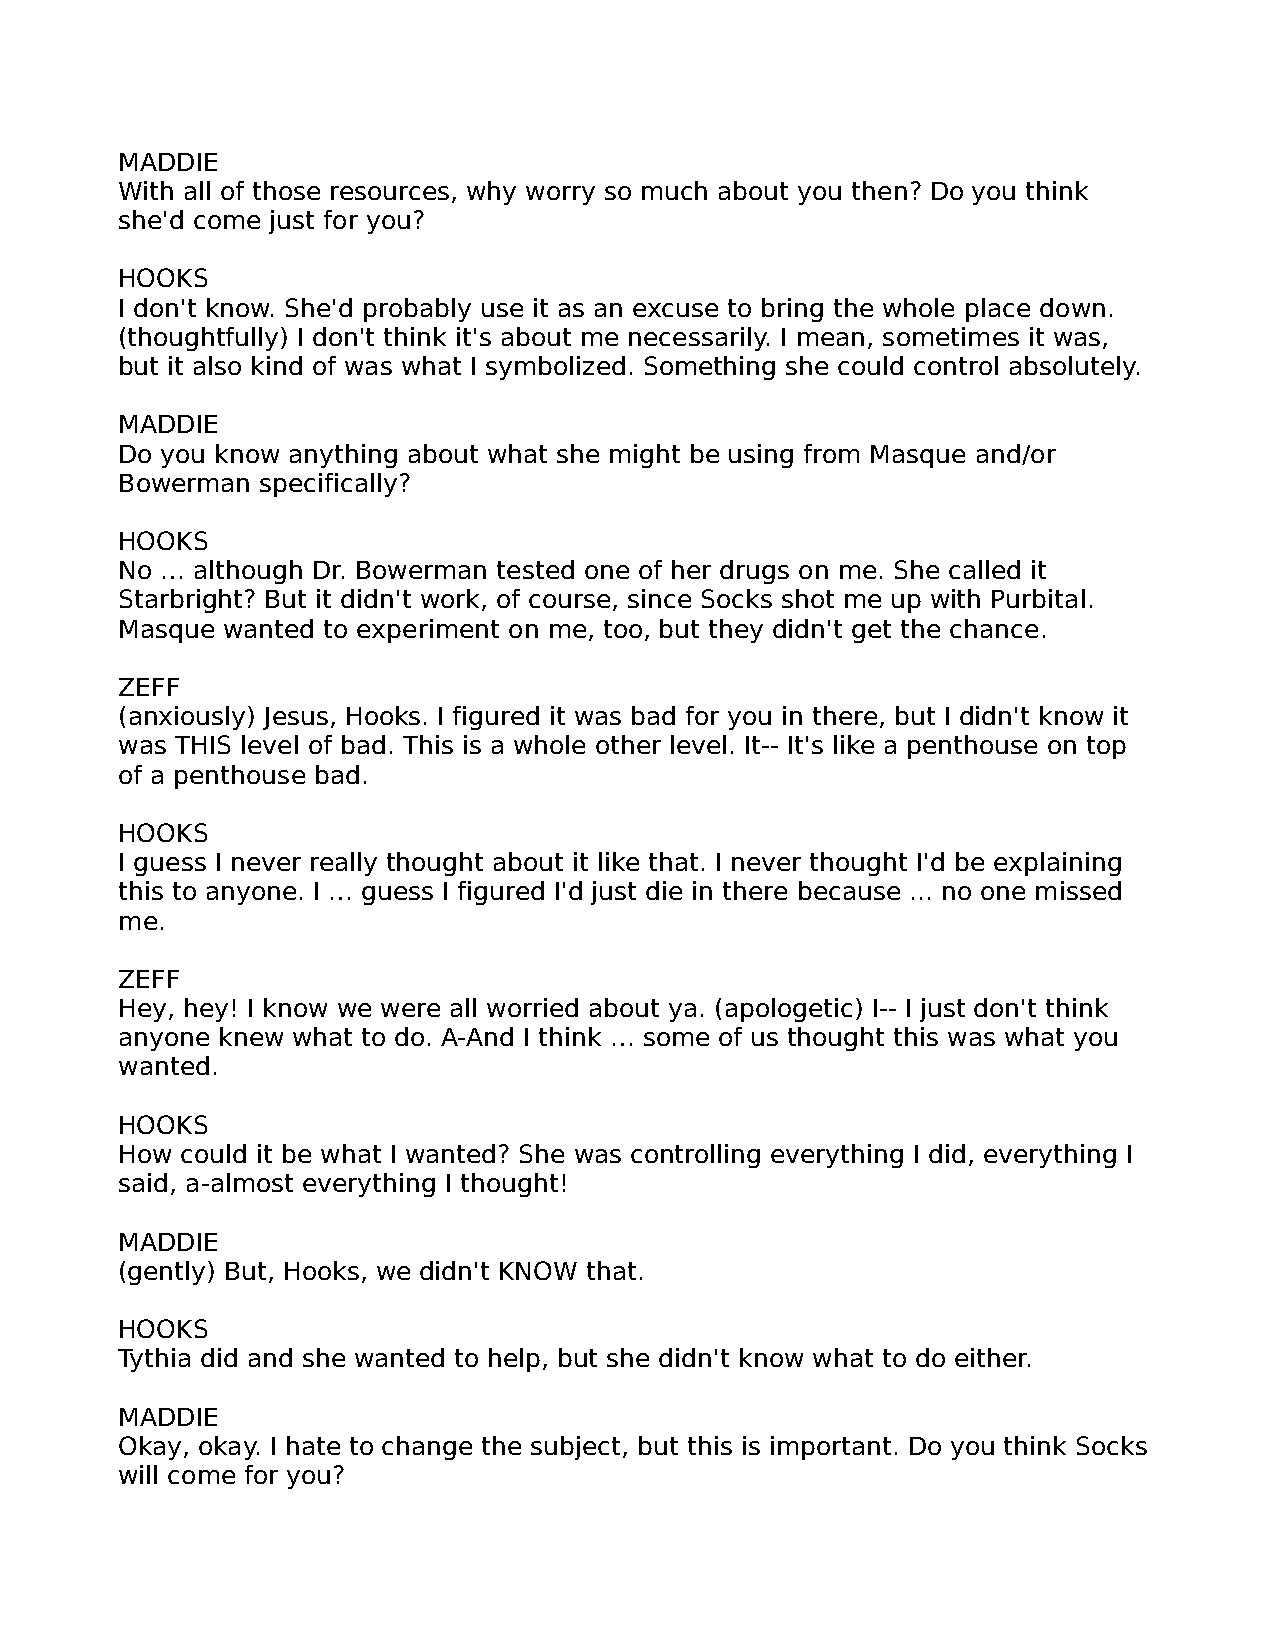
MADDIE
 With all of those resources, why worry so much about you then? Do you think
 she'd come just for you?
 HOOKS
 I don't know. She'd probably use it as an excuse to bring the whole place down.
 (thoughtfully) I don't think it's about me necessarily. I mean, sometimes it was,
 but it also kind of was what I symbolized. Something she could control absolutely.
 MADDIE
 Do you know anything about what she might be using from Masque and/or
 Bowerman specifically?
 HOOKS
 No … although Dr. Bowerman tested one of her drugs on me. She called it
 Starbright? But it didn't work, of course, since Socks shot me up with Purbital.
 Masque wanted to experiment on me, too, but they didn't get the chance.
 ZEFF
 (anxiously) Jesus, Hooks. I figured it was bad for you in there, but I didn't know it
 was THIS level of bad. This is a whole other level. It-- It's like a penthouse on top
 of a penthouse bad.
 HOOKS
 I guess I never really thought about it like that. I never thought I'd be explaining
 this to anyone. I … guess I figured I'd just die in there because ... no one missed
 me.
 ZEFF
 Hey, hey! I know we were all worried about ya. (apologetic) I-- I just don't think
 anyone knew what to do. A-And I think … some of us thought this was what you
 wanted.
 HOOKS
 How could it be what I wanted? She was controlling everything I did, everything I
 said, a-almost everything I thought!
 MADDIE
 (gently) But, Hooks, we didn't KNOW that.
 HOOKS
 Tythia did and she wanted to help, but she didn't know what to do either.
 MADDIE
 Okay, okay. I hate to change the subject, but this is important. Do you think Socks
 will come for you?